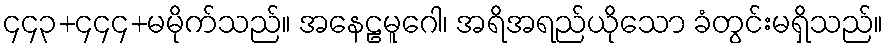
၄၄၃+၄၄၄+မမိုက်သည်။ အနေဠမူဂေါ၊ အရိအရည်ယိုသော ခံတွင်းမရှိသည်။